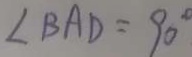
\angle B A D = 9 0 ^ { \circ }